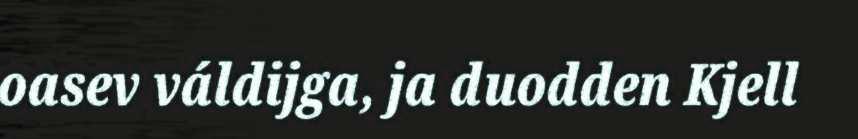
oasev váldijga, ja duodden Kjell